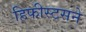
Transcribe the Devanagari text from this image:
हिफीस्टसने